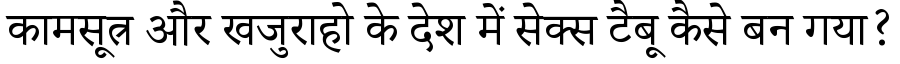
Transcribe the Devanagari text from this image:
कामसूत्र और खजुराहो के देश में सेक्स टैबू कैसे बन गया?